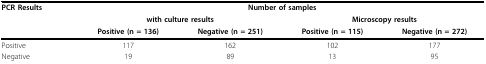
<table><thead><tr><td><b>PCR Results</b></td><td colspan="4"><b>Number of samples</b></td></tr><tr><td></td><td colspan="2"><b>with culture results</b></td><td colspan="2"><b>Microscopy results</b></td></tr><tr><td></td><td><b>Positive (n = 136)</b></td><td><b>Negative (n = 251)</b></td><td><b>Positive (n = 115)</b></td><td><b>Negative (n = 272)</b></td></tr></thead><tbody><tr><td>Positive</td><td>117</td><td>162</td><td>102</td><td>177</td></tr><tr><td>Negative</td><td>19</td><td>89</td><td>13</td><td>95</td></tr></tbody></table>